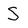
Character: S